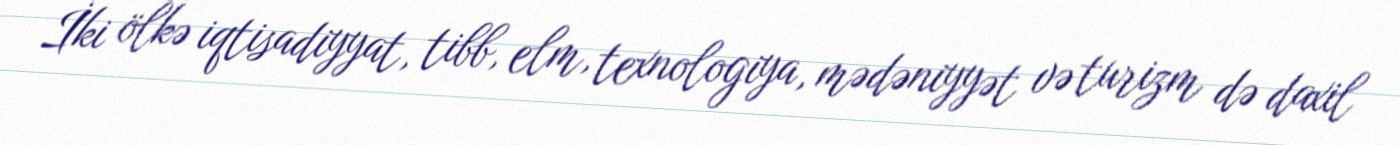
İki ölkə iqtisadiyyat, tibb, elm, texnologiya, mədəniyyət və turizm də daxil